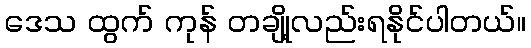
ဒေသ ထွက် ကုန် တချို့လည်းရနိုင်ပါတယ်။